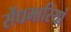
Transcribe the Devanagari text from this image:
सेंधमारियां